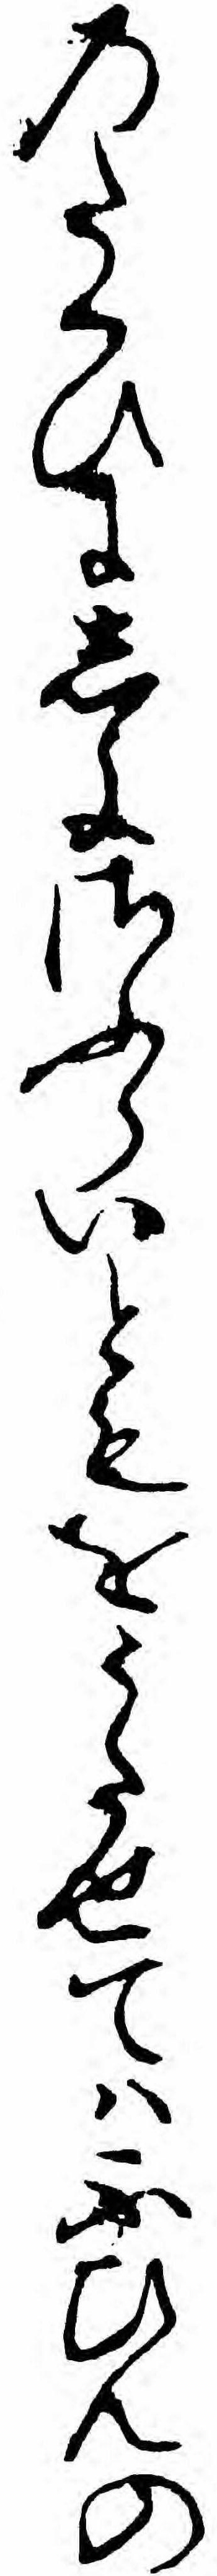
のたくひにしよさふらいともをうたせてハふひんの